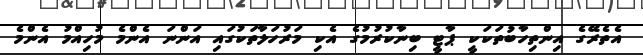
އެތެރޭގެ އިންތިހާބުތަކަކީ ޕާޓީ ބިނާކުރުމުގެ އެކި މަރުހަލާތަކުގައި އަންނަ އެންމެ މުހިއްމު އެންމެ